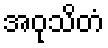
အဝုသိတံ